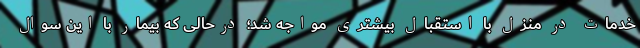
خدمات در منزل با استقبال بیشتری مواجه شد؛ درحالی که بیمار با این سوال